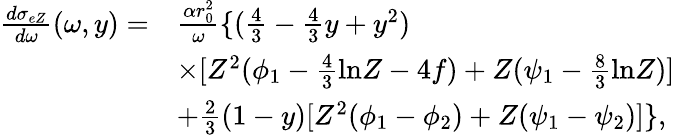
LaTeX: \begin{array}{rl}{\frac{d\sigma_{eZ}}{d\omega}(\omega,y)=}&{\frac{\alpha r_{0}^{2}}{\omega}\lbrace(\frac{4}{3}-\frac{4}{3}y+y^{2})}\\ &{\times[Z^{2}(\phi_{1}-\frac{4}{3}\mathrm{ln}Z-4f)+Z(\psi_{1}-\frac{8}{3}\mathrm{ln}Z)]}\\ &{+\frac{2}{3}(1-y)[Z^{2}(\phi_{1}-\phi_{2})+Z(\psi_{1}-\psi_{2})]\rbrace,}\end{array}